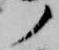
ノ